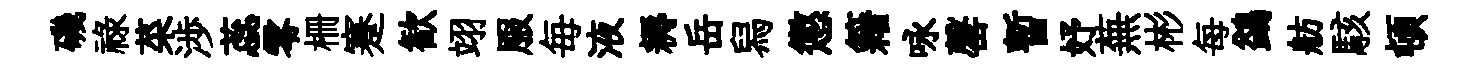
磯祿菜渉蕊零栅蹇歓翊服毎液耨岳舄懲籍咏罄暫妤蕪彬每鷁舫駭頓